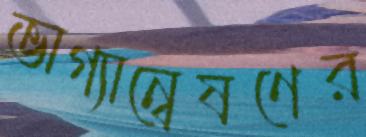
ভাগ্যান্বেষণের